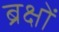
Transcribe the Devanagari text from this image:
ब्रक्षों